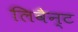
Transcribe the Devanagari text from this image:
लिवैन्ट